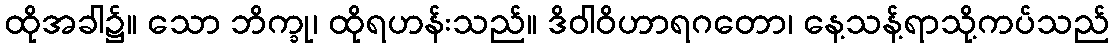
ထိုအခါ၌။ သော ဘိက္ခု၊ ထိုရဟန်းသည်။ ဒိဝါဝိဟာရဂတော၊ နေ့သန့်ရာသို့ကပ်သည်